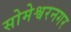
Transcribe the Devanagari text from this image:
सोमेश्वरनगर